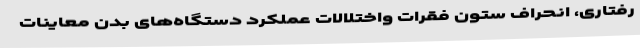
رفتاری، انحراف ستون فقرات واختلالات عملکرد دستگاه‌های بدن معاینات